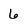
Character: 6